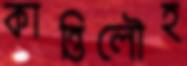
কান্তিলৌহ